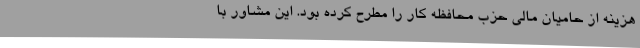
هزینه از حامیان مالی حزب محافظه کار را مطرح کرده بود. این مشاور با